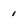
Character: 1